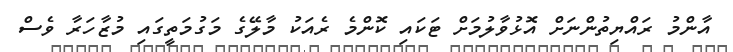
އާންމު ރައްޔިތުންނަށް އޮޅުވާލުމަށް ޓަކައި ކޮންމެ ރެއަކު މާލޭގެ މަގުމަތީގައި މުޒާހަރާ ވެސް